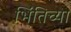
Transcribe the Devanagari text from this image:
भिंतिच्या